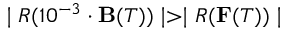
\mid R ( 1 0 ^ { - 3 } \cdot { \bf B } ( T ) ) \mid > \mid R ( { \bf F } ( T ) ) \mid